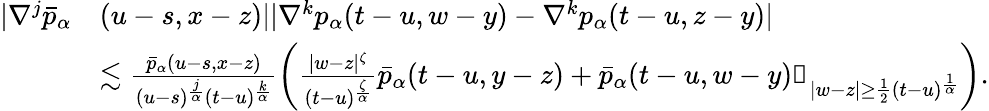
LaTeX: \begin{array}{rl}{|\nabla^{j}\bar{p}_{\alpha}}&{(u-s,x-z)||\nabla^{k}p_{\alpha}(t-u,w-y)-\nabla^{k}p_{\alpha}(t-u,z-y)|}\\ &{\lesssim\frac{\bar{p}_{\alpha}(u-s,x-z)}{(u-s)^{\frac{j}{\alpha}}(t-u)^{\frac{k}{\alpha}}}\left(\frac{|w-z|^{\zeta}}{(t-u)^{\frac{\zeta}{\alpha}}}\bar{p}_{\alpha}(t-u,y-z)+\bar{p}_{\alpha}(t-u,w-y)\mathbb{1}_{|w-z|\geq\frac{1}{2}(t-u)^{\frac{1}{\alpha}}}\right).}\end{array}